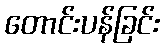
တောင်းပန်ခြင်း